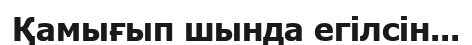
Қамығып шында егілсін...